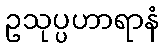
ဥသုပ္ပဟာရာနံ